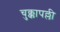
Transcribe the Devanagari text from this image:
चुक्कापल्ली